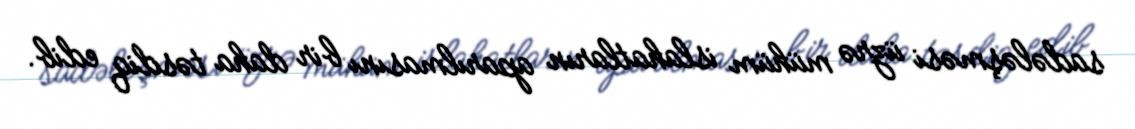
sadələşməsi üzrə mühüm islahatların aparılmasını bir daha təsdiq edib.